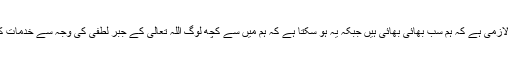
رہی بات رہنمائی کی ، تو یہ جاننا لازمی ہے کہ ہم سب بھائی بھائی ہیں جبکہ یہ ہو سکتا ہے کہ ہم میں سے کچھ لوگ اللہ تعالیٰ کے جبر لطفی کی وجہ سے خدمات کے میدان میں پہلے داخل ہو جائیں۔